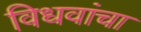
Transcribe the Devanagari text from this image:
विधवांचा